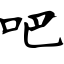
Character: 吧